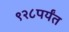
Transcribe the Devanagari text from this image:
९२८पर्यंत